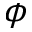
\phi